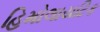
હિમોલાયટિક